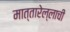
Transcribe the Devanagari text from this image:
मात्तारेल्लाची